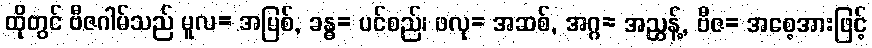
ထိုတွင် ဗီဇဂါမ်သည် မူလ= အမြစ်, ခန္ဓ= ပင်စည်၊ ဖလု= အဆစ်, အဂ္ဂ= အညွန့်, ဗီဇ= အစေ့အားဖြင့်